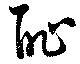
恥